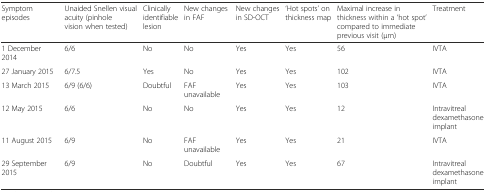
<table><thead><tr><td><b>Symptom episodes</b></td><td><b>Unaided Snellen visual acuity (pinhole vision when tested)</b></td><td><b>Clinically identifiable lesion</b></td><td><b>New changes in FAF</b></td><td><b>New changes in SD-OCT</b></td><td><b>‘Hot spots’ on thickness map</b></td><td><b>Maximal increase in thickness within a ‘hot spot’ compared to immediate previous visit (μm)</b></td><td><b>Treatment</b></td></tr></thead><tbody><tr><td>1 December 2014</td><td>6/6</td><td>No</td><td>No</td><td>Yes</td><td>Yes</td><td>56</td><td>IVTA</td></tr><tr><td>27 January 2015</td><td>6/7.5</td><td>Yes</td><td>No</td><td>Yes</td><td>Yes</td><td>102</td><td>IVTA</td></tr><tr><td>13 March 2015</td><td>6/9 (6/6)</td><td>Doubtful</td><td>FAF unavailable</td><td>Yes</td><td>Yes</td><td>103</td><td>IVTA</td></tr><tr><td>12 May 2015</td><td>6/6</td><td>No</td><td>No</td><td>Yes</td><td>Yes</td><td>12</td><td>Intravitreal dexamethasone implant</td></tr><tr><td>11 August 2015</td><td>6/9</td><td>No</td><td>FAF unavailable</td><td>Yes</td><td>Yes</td><td>21</td><td>IVTA</td></tr><tr><td>29 September 2015</td><td>6/9</td><td>No</td><td>Doubtful</td><td>Yes</td><td>Yes</td><td>67</td><td>Intravitreal dexamethasone implant</td></tr></tbody></table>